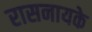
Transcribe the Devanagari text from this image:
रासनायके